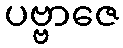
ပဗ္ဗာဇေ